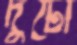
দুটো